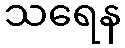
သရေန